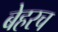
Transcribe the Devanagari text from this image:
बेहरच